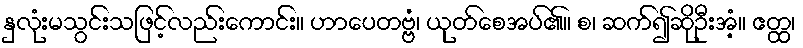
နှလုံးမသွင်းသဖြင့်လည်းကောင်း။ ဟာပေတဗ္ဗံ၊ ယုတ်စေအပ်၏။ စ၊ ဆက်၍ဆိုဦးအံ့။ ဧတ္ထ၊